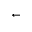
\leftarrow